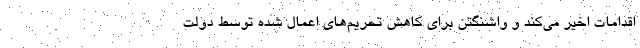
اقدامات اخیر می‌کند و واشنگتن برای کاهش تحریم‌های اعمال شده توسط دولت